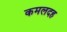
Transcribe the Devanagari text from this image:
कमलदह